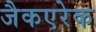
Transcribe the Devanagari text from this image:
जैकएरेक